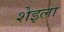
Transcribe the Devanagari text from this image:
शेइला